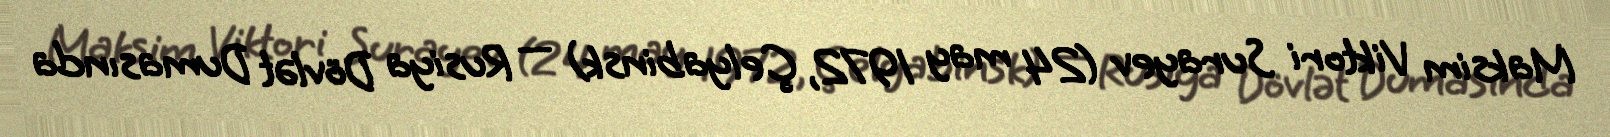
Maksim Viktori Surayev (24 may 1972, Çelyabinsk) — Rusiya Dövlət Dumasında